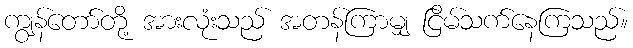
ကျွန်တော်တို့ အားလုံးသည် အတန်ကြာမျှ ငြိမ်သက်နေကြသည်။